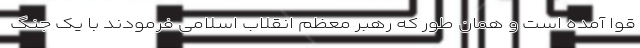
قوا آمده است و همان طور که رهبر معظم انقلاب اسلامی فرمودند با یک جنگ